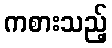
ကစားသည့်